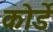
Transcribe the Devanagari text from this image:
कोर्डे